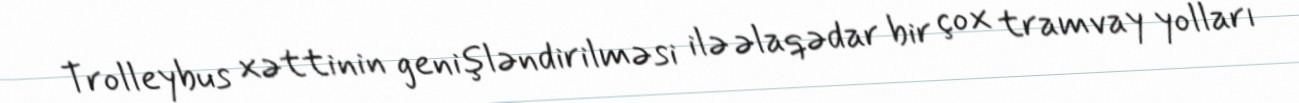
Trolleybus xəttinin genişləndirilməsi ilə əlaqədar bir çox tramvay yolları